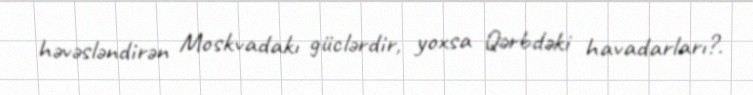
həvəsləndirən Moskvadakı güclərdir, yoxsa Qərbdəki havadarları?.